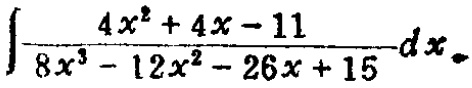
\(\int\frac{4x^{2}+4x - 11}{8x^{3}-12x^{2}-26x + 15}dx\)